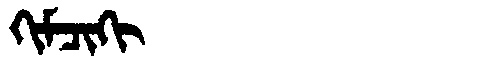
Manchu: ᡴᡳᠮᠴᡳᡴᡳ
Romanization: KIMCIKI